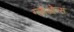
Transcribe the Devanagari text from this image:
ग्लोओन्स